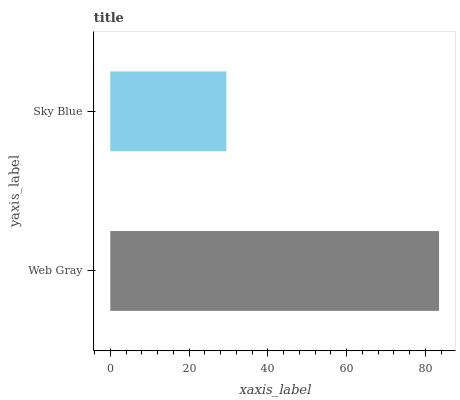
| yaxis_label | bars |
 | --- | --- |
 | Web Gray | 83.5 |
 | Sky Blue | 29.5 |